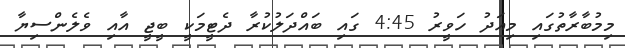
މިމުބާރާތުގައި މިއަދު ހަވީރު 4:45 ގައި ބައްދަލުކުރާ ދެޓީމަކީ ބީޖީ އާއި ވެލެންސިޔާ